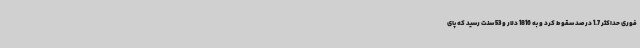
فوری حداکثر 1.7 درصد سقوط کرد و به 1816 دلار و 53 سنت رسید که پای